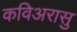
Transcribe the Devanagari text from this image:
कविअरासु